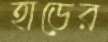
হাড়ের